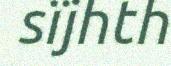
sïjhth